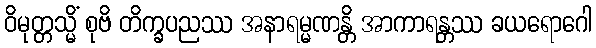
ဝိမုတ္တသ္မိံ စုဗိ တိက္ခပညဿ အနာရမ္မဏန္တိ အာကာရန္တဿ ခယရောဂေါ